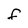
Character: f